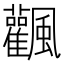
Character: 飌